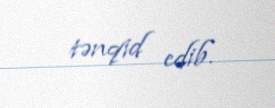
tənqid edib.